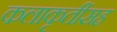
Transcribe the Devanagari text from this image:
कलाकृतींसह